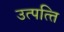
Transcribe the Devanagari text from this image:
उत्पत्‍ति